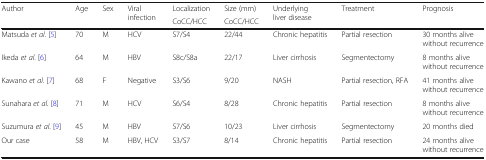
<table><thead><tr><td rowspan="2"><b>Author</b></td><td rowspan="2"><b>Age</b></td><td rowspan="2"><b>Sex</b></td><td rowspan="2"><b>Viral infection</b></td><td><b>Localization</b></td><td><b>Size (mm)</b></td><td rowspan="2"><b>Underlying liver disease</b></td><td rowspan="2"><b>Treatment</b></td><td rowspan="2"><b>Prognosis</b></td></tr><tr><td><b>CoCC/HCC</b></td><td><b>CoCC/HCC</b></td></tr></thead><tbody><tr><td>Matsuda <i>et al</i>. [5]</td><td>70</td><td>M</td><td>HCV</td><td>S7/S4</td><td>22/44</td><td>Chronic hepatitis</td><td>Partial resection</td><td>30 months alive without recurrence</td></tr><tr><td>Ikeda <i>et al</i>. [6]</td><td>64</td><td>M</td><td>HBV</td><td>S8c/S8a</td><td>22/17</td><td>Liver cirrhosis</td><td>Segmentectomy</td><td>8 months alive without recurrence</td></tr><tr><td>Kawano <i>et al</i>. [7]</td><td>68</td><td>F</td><td>Negative</td><td>S3/S6</td><td>9/20</td><td>NASH</td><td>Partial resection, RFA</td><td>41 months alive without recurrence</td></tr><tr><td>Sunahara <i>et al</i>. [8]</td><td>71</td><td>M</td><td>HCV</td><td>S6/S4</td><td>8/28</td><td>Chronic hepatitis</td><td>Partial resection</td><td>8 months alive without recurrence</td></tr><tr><td>Suzumura <i>et al</i>. [9]</td><td>45</td><td>M</td><td>HBV</td><td>S7/S6</td><td>10/23</td><td>Liver cirrhosis</td><td>Segmentectomy</td><td>20 months died</td></tr><tr><td>Our case</td><td>58</td><td>M</td><td>HBV, HCV</td><td>S3/S7</td><td>8/14</td><td>Chronic hepatitis</td><td>Partial resection</td><td>24 months alive without recurrence</td></tr></tbody></table>